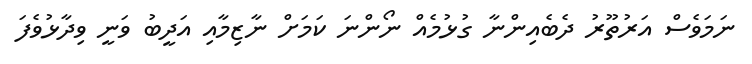
ނަމަވެސް އަރުތޫރު ދެބެއިންނާ ގުޅުމެއް ނޯންނަ ކަމަށް ނާޒިމާއި އަދީބު ވަނީ ވިދާޅުވެފަ